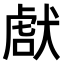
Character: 𤟜